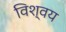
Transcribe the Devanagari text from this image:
विश्वय